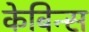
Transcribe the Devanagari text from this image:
केबिन्स